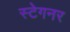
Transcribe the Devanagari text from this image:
स्टेगनर